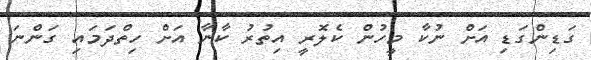
ގަޑިންގަޑި އަށް ނުކާ މީހުން ކެލޮރީ އިތުރު ކާނާ އަށް ހިތްދަމައި ގަންނަ